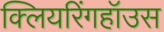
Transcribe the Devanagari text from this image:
क्लियरिंगहॉउस